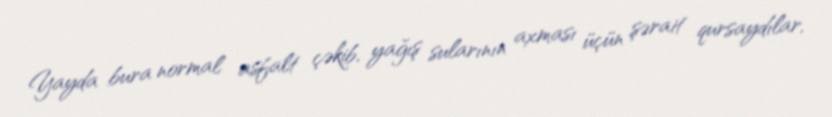
Yayda bura normal asfalt çəkib, yağış sularının axması üçün şərait qursaydılar,